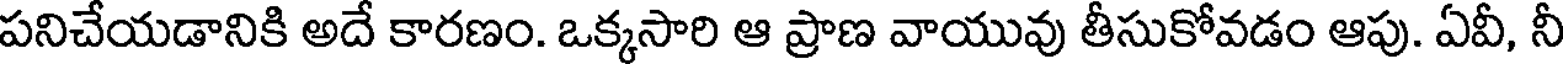
పనిచేయడానికి అదే కారణం. ఒక్కసారి ఆ ప్రాణ వాయువు తీసుకోవడం ఆపు. ఏవీ, నీ